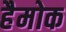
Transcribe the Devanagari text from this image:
हैमोक